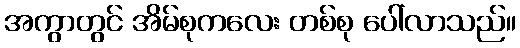
အကွာတွင် အိမ်စုကလေး တစ်စု ပေါ်လာသည်။